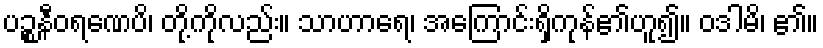
ပဉ္စနီဝရဏေပိ၊ တို့ကိုလည်း။ သာဟာရေ၊ အကြောင်းရှိကုန်၏ဟူ၍။ ဝဒါမိ၊ ၏။